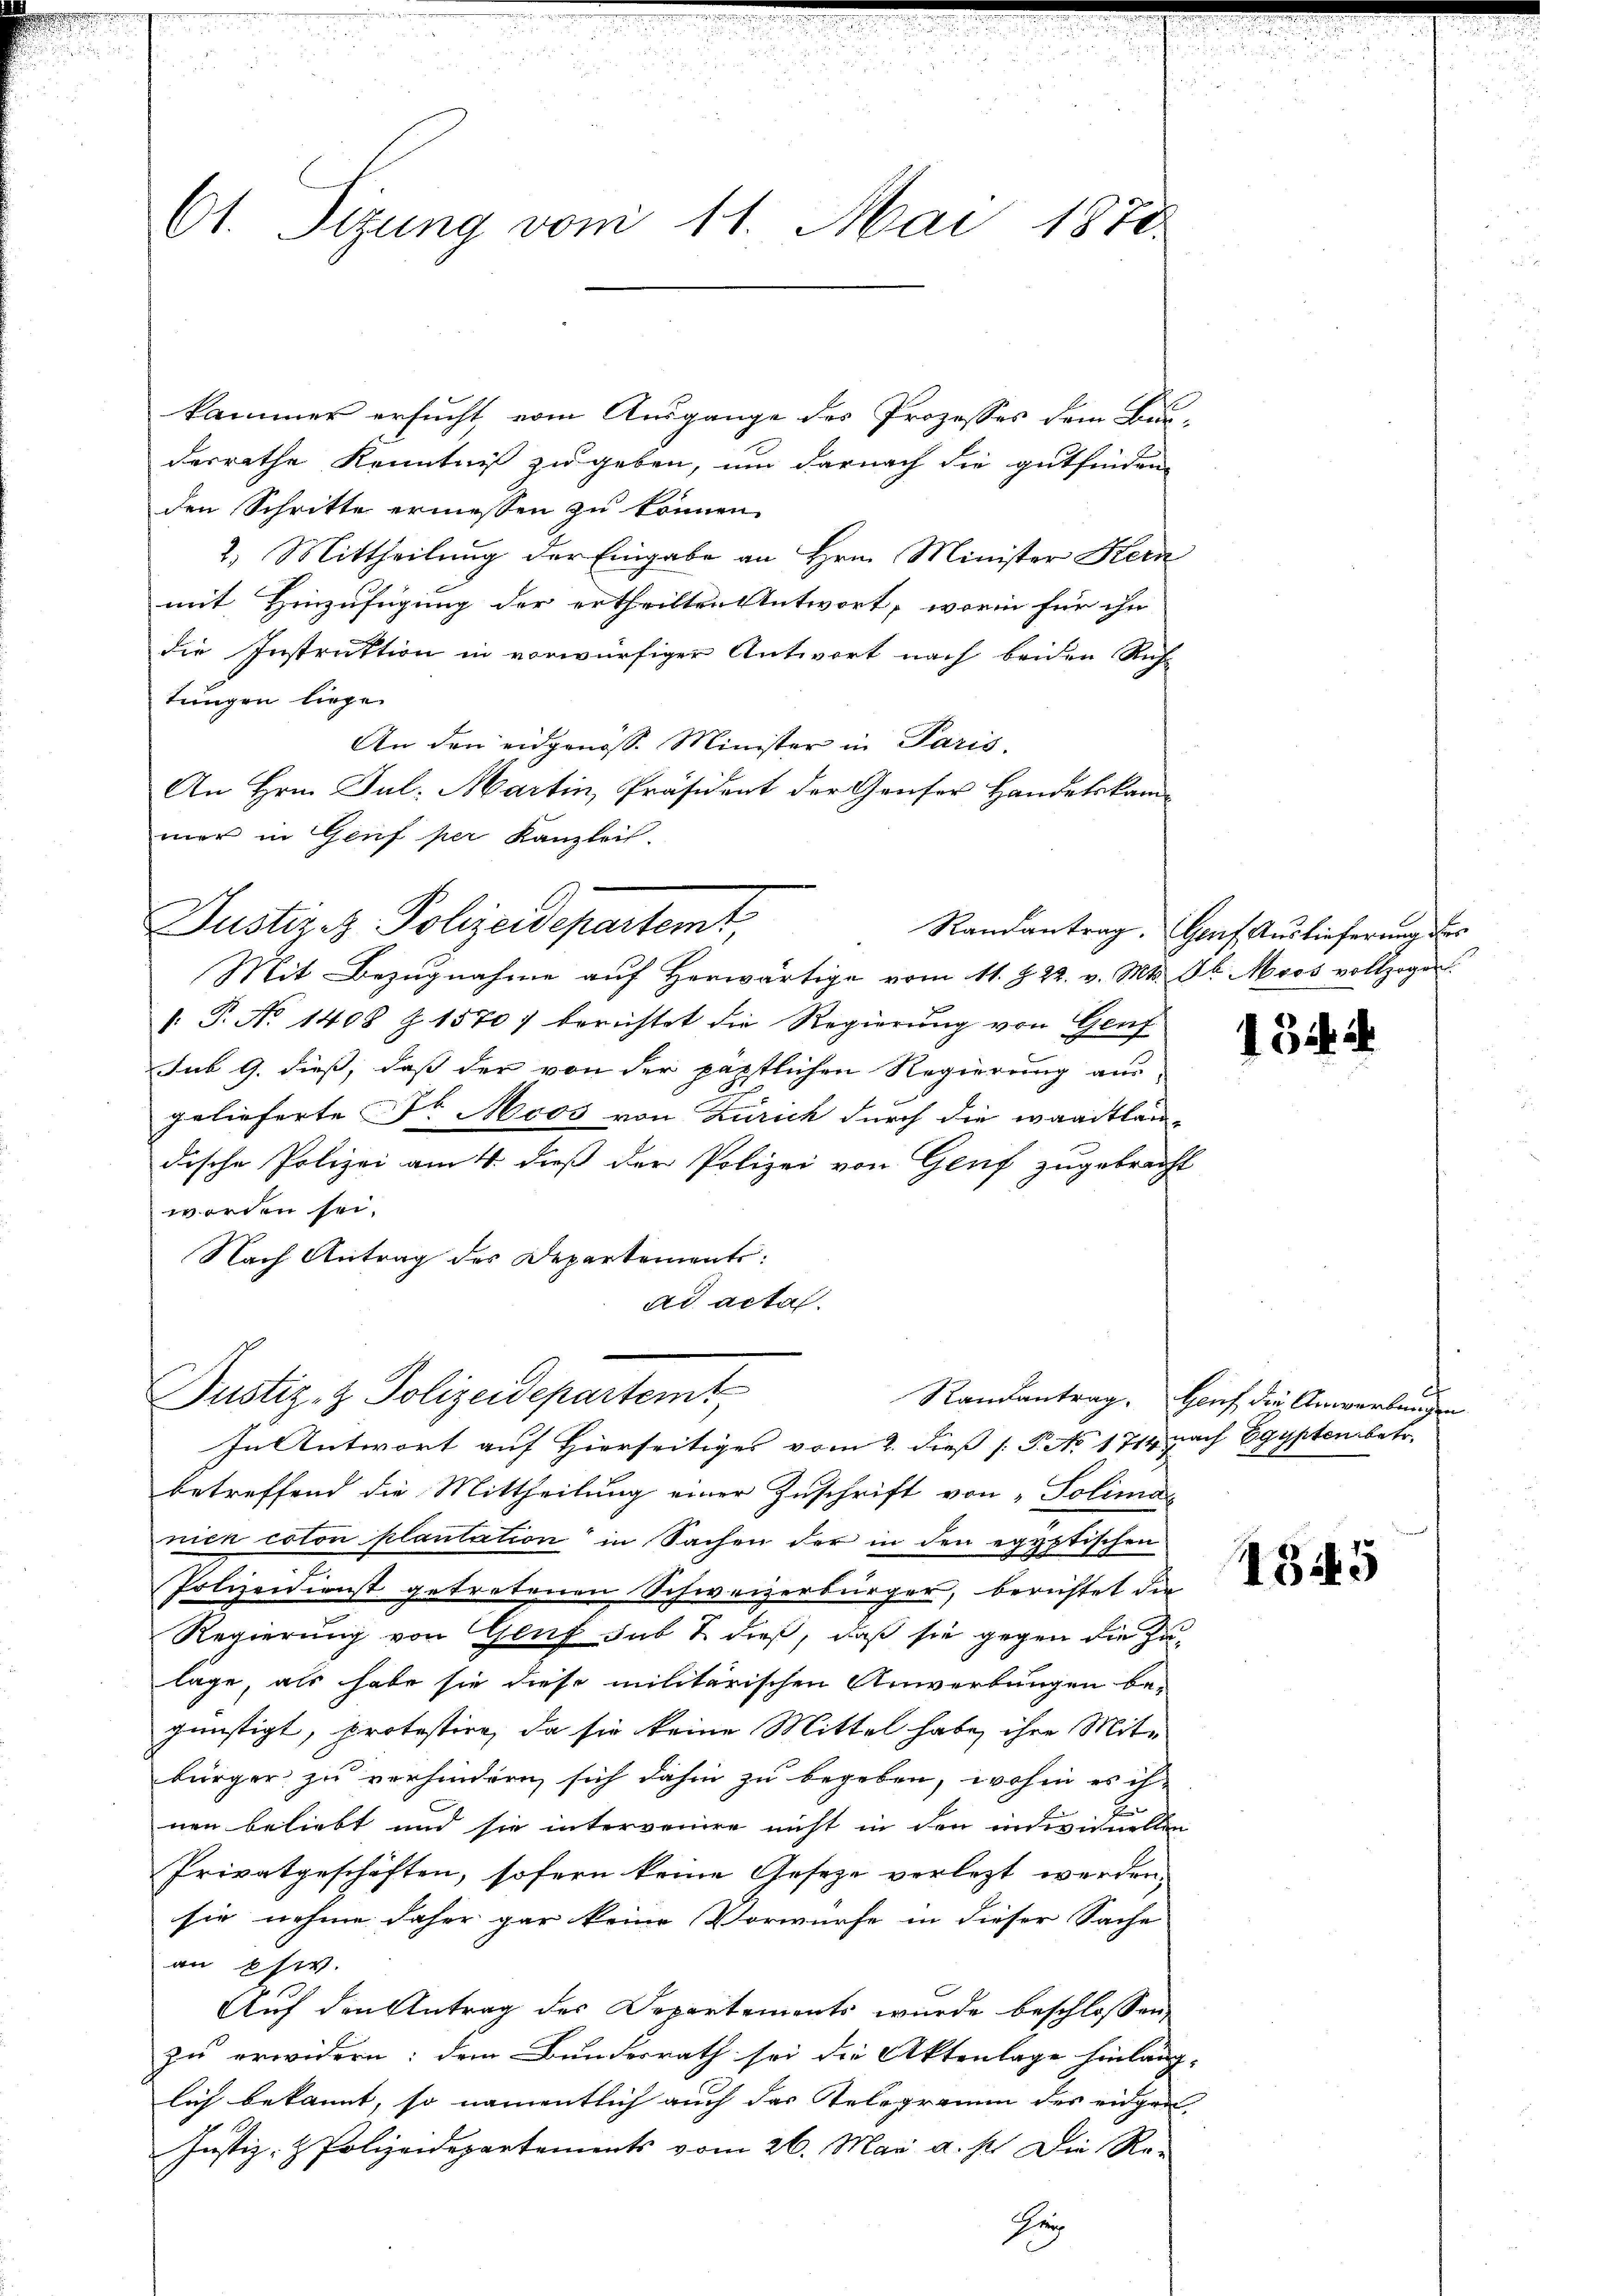
61. Sizung vom 11. Mai 1870.

kammer ersucht vom Ausgange des Prozesses dem Burderrathe Kenntniß zu geben, um darnach die gutfinden
den Schritte ermessen zu können.
2. Mittheilung der Eingabe an Hrn. Minister Kern
mit Hinzufügung der ertheilten Antwort, worin für ihn
die Instruktion in vorwürfiger Antwort nach beiden Rich-
tungen liege.
An den eidgenöss. Minister in Paris,
An Hrn. Jul. Martin, Präsident der Genser Handelskammer in Genf per Kanzlei.
Justiziz-Polizeidepartemt,
Randantrag. Genf Auslieferung des
Mit Bezugnahme auf Herwärtige vom 11. Z. 22. v. Mts. Jb. Moos vollzogen.
: P. No 1408 Z. 1570/ berichtet die Regierung von Genf
sub 9. dieß, daß der von der päpstlichen Regierung aus
gelieferte Fr. Moos von Zürich durch die waadtlan
dische Polizei am 4. dieß der Polizei von Genf zugebracht
worden sei.
Nach Antrag des Departemente:
ad acta.

Justiz- & Polizeidepartemt,

In Antwort auf Hierseitiges vom 2. dieß P. No 1714 nach Egypten betr.
betreffend die Mittheilung einer Zuschrift von „Soliman
nien coton plantation in Sachen der in den egyptischen
Polizeidienst getretenen Schweizerbürger, berichtet die
Regierung von Glut sub 2 dieß, daß sie gegen die zu
läge, als habe sie diese militarischen Anwerbungen be-
günstigt, protestire, da sie keine Mittel habe, ihre Mitbürger zu verhindern sich dahin zu begeben, wohin es ih
E
nen beliebt und sie intervenire nicht in den individuellen
Privatgeschäften, sofern keine Geseze verletzt werden,
sie nehme daher gar keine Vorwürfe in dieser Sache
an Osw.
Auf den Antrag des Departements wurde beschlossen,
zu erwidern; dem Bundesrath sei die Aktenlage hinläng- |
lich bekannt, so namentlich auch das Telegramm des eidgen
Justiz- & Polizeidepartements vom 26. May a. p. Die Re-
Hei

1344

Randantrag. Hauf die Anwartungen

1345